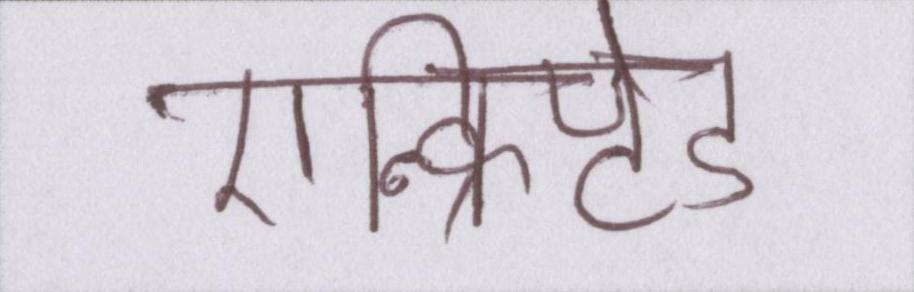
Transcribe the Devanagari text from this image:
एन्क्रिप्टेड